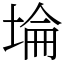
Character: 埨